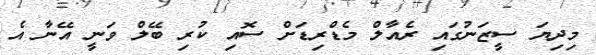
މިދިޔަ ސީޒަނުގައި ރެއާލް މެޑްރިޑަށް ސޮއި ކުރި ބޭލް ވަނީ އޭނާ އެ